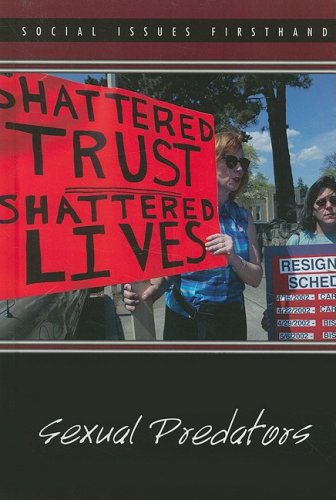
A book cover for Sexual Predators (Social Issues Firsthand); Laurie Willis; Teen & Young Adult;